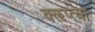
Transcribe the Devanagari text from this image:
क्‍ऌप्‍त्या